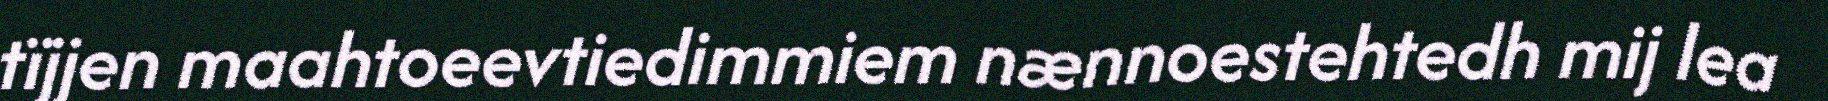
tïjjen maahtoeevtiedimmiem nænnoestehtedh mij lea